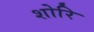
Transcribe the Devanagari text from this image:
शोरि